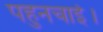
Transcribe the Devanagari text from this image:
पहुनचाई।